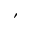
'